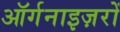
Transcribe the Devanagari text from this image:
ऑर्गनाइज़रों